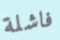
فاشلة